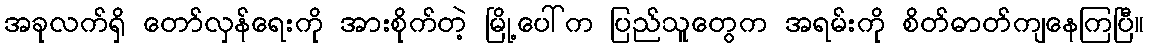
အခုလက်ရှိ တော်လှန်ရေးကို အားစိုက်တဲ့ မြို့ပေါ်က ပြည်သူတွေက အရမ်းကို စိတ်ဓာတ်ကျနေကြပြီ။